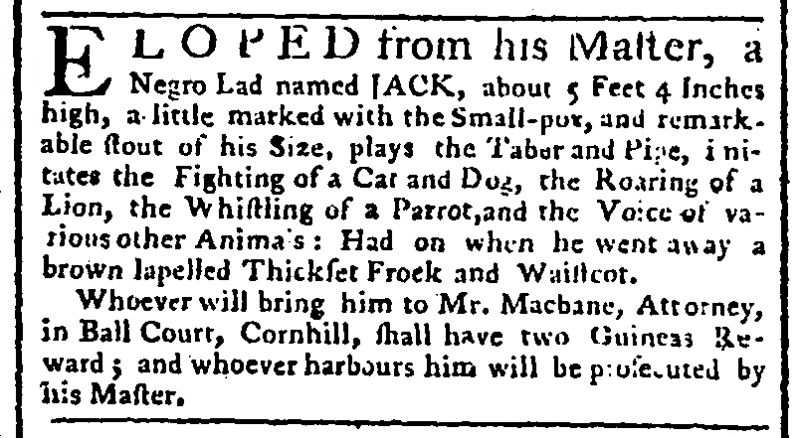
Public Advertiser, 5 March 1764 (England)
ELOPED from his Master, a Negro Lad named JACK, about 5 Feet 4 Inches high, a little marked with the Small-pox, and remarkable stout of his Size, plays the Taber and Pipe, imitates the Fighting of a Cat and Dog, the Roaring of a Lion, the Whistling of a Parrot, and the Voice of various other Animals: Had on when he went away a brown lapelled Thickset Frock and Waistcoat.  Whoever will bring him to Mr. Macbane, Attorney, in Ball Court, Cornhill, shall have two Guineas Reward; and whoever harbours him will be prosecuted by his Master.